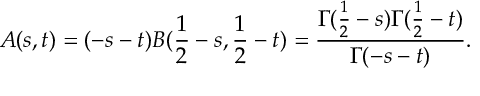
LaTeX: A ( s , t ) = ( - s - t ) B ( \frac { 1 } { 2 } - s , \frac { 1 } { 2 } - t ) = \frac { \Gamma ( \frac { 1 } { 2 } - s ) \Gamma ( \frac { 1 } { 2 } - t ) } { \Gamma ( - s - t ) } .